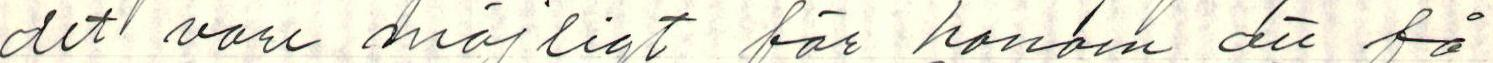
det vare möjligt för honom att få